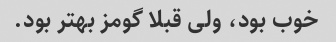
خوب بود، ولی قبلا گومز بهتر بود.